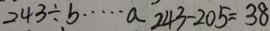
2 4 3 \div b \cdots a 2 4 3 - 2 0 5 = 3 8